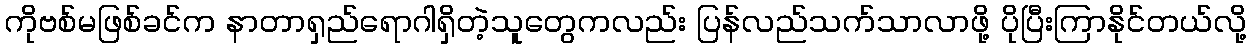
ကိုဗစ်မဖြစ်ခင်က နာတာရှည်ရောဂါရှိတဲ့သူတွေကလည်း ပြန်လည်သက်သာလာဖို့ ပိုပြီးကြာနိုင်တယ်လို့